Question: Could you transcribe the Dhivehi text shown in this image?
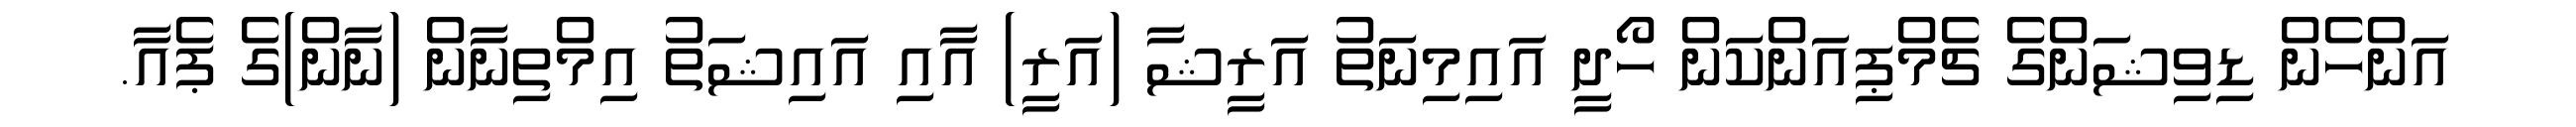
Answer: އަންހެން ޑިވިޝަންގެ ޗެމްޕިއަންކަން ހޯދީ އައިމިނަތު އަރީޝާ (އަރީ) އާއި އައިޝަތު އިމްތިނާން (ނާން)ގެ ޕެއާ.